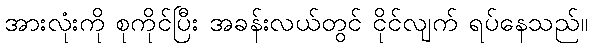
အားလုံးကို စုကိုင်ပြီး အခန်းလယ်တွင် ငိုင်လျက် ရပ်နေသည်။